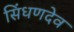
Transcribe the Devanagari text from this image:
सिंधणदेव